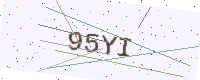
Text: 95YI